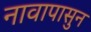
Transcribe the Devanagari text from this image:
नावापासुन